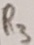
Text: R3